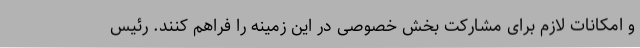
و امکانات لازم برای مشارکت بخش خصوصی در این زمینه را فراهم کنند. رئیس